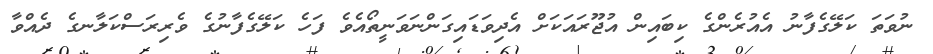
ނުވަތަ ކަލޭގެފާނު އެއުރެންގެ ކިބައިން އުޖޫރައަކަށް އެދިވަޑައިގަންނަވަނީތޯއެވެ ފަހެ ކަލޭގެފާނުގެ ވެރިރަސްކަލާނގެ ދެއްވާ